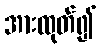
အားထုတ်၍